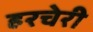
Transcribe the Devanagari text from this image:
हरचेरी